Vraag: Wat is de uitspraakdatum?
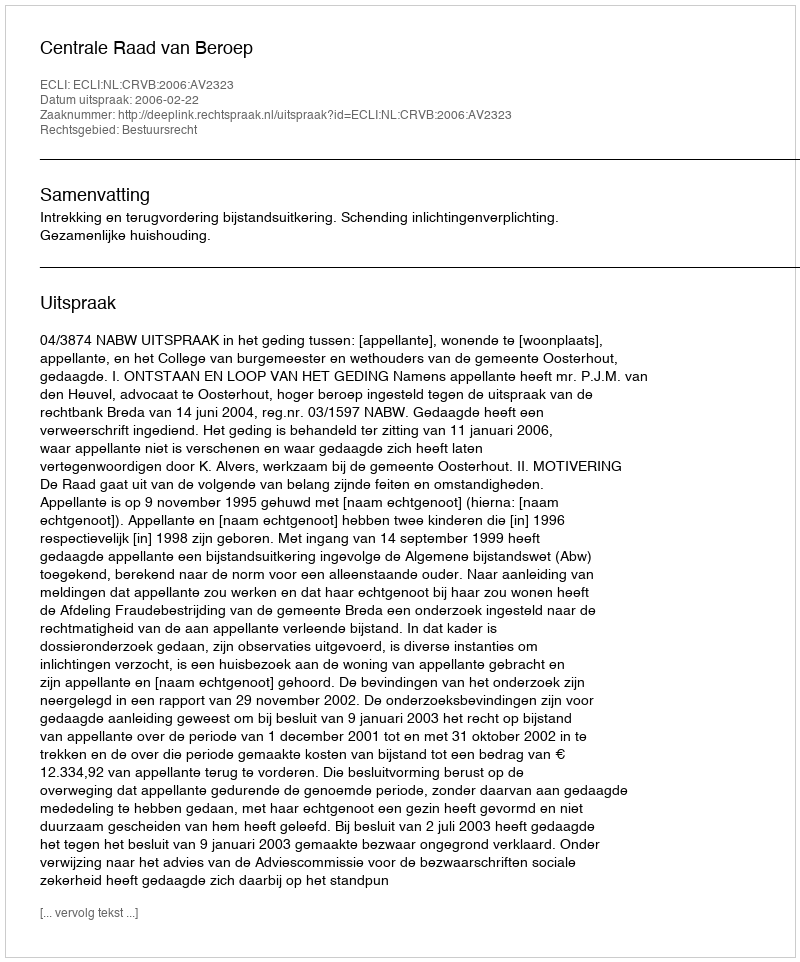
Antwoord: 2006-02-22